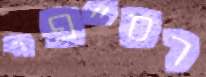
רס"פי